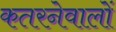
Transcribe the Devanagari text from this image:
कतरनेवालों